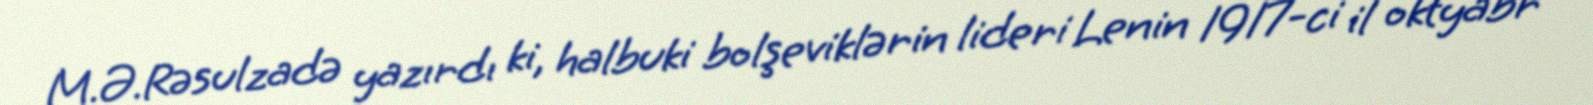
M.Ə.Rəsulzadə yazırdı ki, halbuki bolşeviklərin lideri Lenin 1917-ci il oktyabr